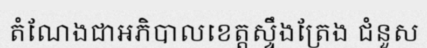
តំណែងជាអភិបាលខេត្តស្ទឹងត្រែង ជំនួស